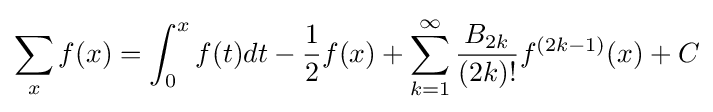
\sum _{x}f(x)=\int _{0}^{x}f(t)dt-{\frac {1}{2}}f(x)+\sum _{k=1}^{\infty }{\frac {B_{2k}}{(2k)!}}f^{(2k-1)}(x)+C